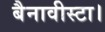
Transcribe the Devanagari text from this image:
बैनावीस्टा।